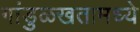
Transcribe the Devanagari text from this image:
गांडुळखतामध्ये